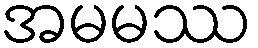
အမမဿ